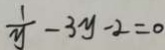
\frac { 1 } { y } - 3 y - 2 = 0